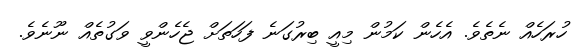
ހުރަހެއް ނެތެވެ. އެހެން ކަމުން މިއީ ބިރުގަނެ ފަހަތަށް ޖެހެންވީ ވަގުތެއް ނޫނެވެ.